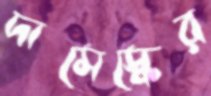
দামেস্কের